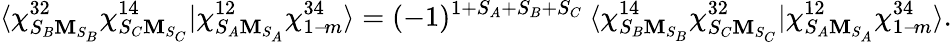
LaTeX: \langle\chi_{S_{B}\mathbf{M}_{S_{B}}}^{32}\chi_{S_{C}\mathbf{M}_{S_{C}}}^{14}|\chi_{S_{A}\mathbf{M}_{S_{A}}}^{12}\chi_{1-\! m}^{34}\rangle=(-1)^{1+S_{A}+S_{B}+S_{C}}\: \langle\chi_{S_{B}\mathbf{M}_{S_{B}}}^{14}\chi_{S_{C}\mathbf{M}_{S_{C}}}^{32}|\chi_{S_{A}\mathbf{M}_{S_{A}}}^{12}\chi_{1-\! m}^{34}\rangle.